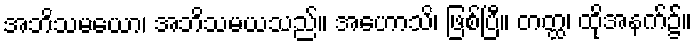
အဘိသမယော၊ အဘိသမယသည်။ အဟောသိ၊ ဖြစ်ပြီ။ တတ္ထ၊ ထိုအနက်၌။